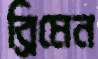
ব্রিমেন